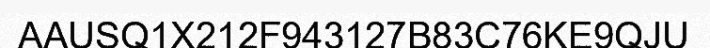
AAUSQ1X212F943127B83C76KE9QJU